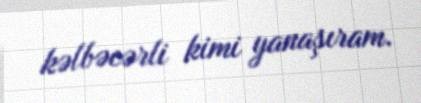
kəlbəcərli kimi yanaşıram.